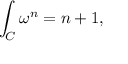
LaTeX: \int _ { \cal C } \omega ^ { n } = n + 1 ,